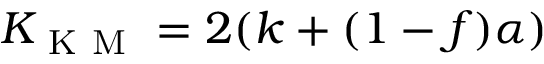
K _ { \mathrm { ~ K ~ M ~ } } = 2 ( k + ( 1 - f ) \alpha )